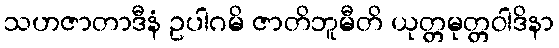
သဟဇာတာဒီနံ ဥပါဂမိ ဇာတိဘူမီတိ ယုတ္တမုတ္တဝါဒိနာ